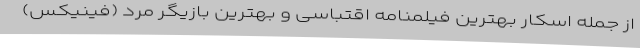
از جمله اسکار بهترین فیلمنامه اقتباسی و بهترین بازیگر مرد (فینیکس)